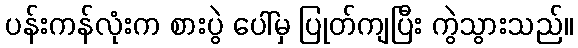
ပန်းကန်လုံးက စားပွဲ ပေါ်မှ ပြုတ်ကျပြီး ကွဲသွားသည်။